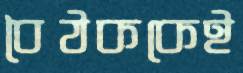
বৈঠককেই